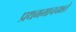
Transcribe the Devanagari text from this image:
प्रथममाचचक्षते